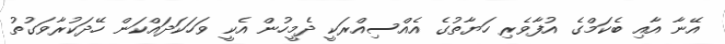
އޭނާ އާއި ބެކަމްގެ އުފާވެރި ހަޔާތުގެ އެއްސިއްރަކީ ދެމީހުން އެކީ ވަހަކަދައްކަން ހޭދަކުރާވަގުތު